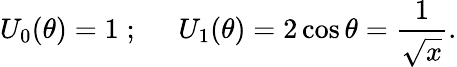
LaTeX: U_{0}(\theta)=1\; ;\; \; \; \; \; U_{1}(\theta)=2\cos\theta=\frac{1}{\sqrt x}.